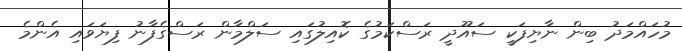
މުހައްމަދު ބިން ނާޔިފަކީ ސައޫދީ ރަސްކަމުގެ ކޮއިލުގައި ސަލްމާން ރަސްގެފާނު ފިޔަވައި އެންމެ